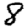
Digit: 8